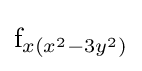
{\text{f}}_{x(x^{2}-3y^{2})}